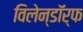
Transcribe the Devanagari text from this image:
विलेन्डॉर्फ